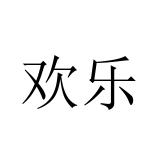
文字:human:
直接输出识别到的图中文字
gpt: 欢乐